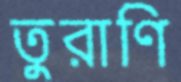
তুরাণি